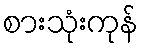
စားသုံးကုန်